Vaccine operations Central Provinces 1900-1911 - 1900-1911
Year: 1900
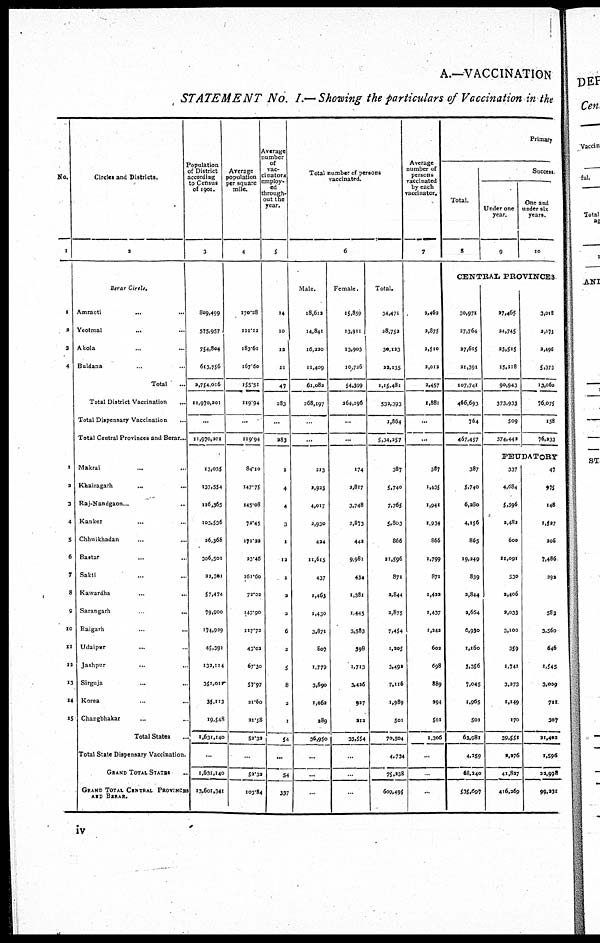
A.—VACCINATION
STATEMENT No. I.— Showing the particulars of Vaccination in the
No.
1
1
2
3
4
1
2
3
4
5
6
7
8
9
10
11
12
13
14
15
Circles and Districts.
2
Berar Circle.
Amraoti
... ...
Yeotmal
... ...
Akola ... ...
Buldana ... ...
Total ...
Total District Vaccination ...
Total Dispensary Vaccination ...
Total Central Provinces and Berar...
Makrai ... ...
Khairagarh ... ...
Raj-Nandgaon...
Kanker
... ...
Chhuikhadan ... ...
Bastar ... ...
Sakti ... ...
Kawardha
...
...
Sarangarh
...
...
Raigarh ... ...
Udaipur ... ...
Jashpur ... ...
Sirguja ... ...
Korea
...
...
Changbhakar ... ...
Total States ...
Total State Dispensary Vaccination.
GRAND TOTAL STATES ...
GRAND TOTAL CENTRAL PROVINCES
AND BERAR.
Population
of District
according
to Census
of 1901.
3
809,499
575,957
754,804
613,756
3,754,016
11,970,201
...
11,970,201
13,035
137,554
126,365
103,536
26,368
306,501
22,301
57,474
79,900
174,929
45,391
132,114
351,011
35,113
19,548
1,631,140
...
1,631,140
13,601,341
Average
population
per square
mile.
4
170.28
111.12
183.61
167.60
155.51
119.94
...
119.94
84.10
147.75
145.08
72.45
171.22
23.46
161.60
72.02
147.90
117.72
43.02
67.30
57.97
21.60
21.58
53.32
...
52.32
103.84
Average
number
of
vac-
cinators
employ-
ed
through¬
out the
year.
5
14
10
12
11
47
283
...
283
1
4
4
3
1
12
1
2
3
6
3
5
8
3
1
54
...
54
337
Total number of persons
vaccinated.
6
Male.
18,612
14,841
16,220
11,409
61,082
268,197
...
...
213
1,923
4,017
2,930
424
11,615
437
1,463
1,430
3,871
507
1,779
3,690
1,062
289
36,950
...
...
...
Female.
15,859
13,911
13,903
10,726
54,399
364,196
...
...
174
2,817
3,748
2,873
442
9,981
434
1,381
1,445
3,583
398
1,713
3,425
927
212
33,554
...
...
...
Total.
34,471
28,753
30,123
22,135
1,15,481
532,393
1,864
5,34,357
387
5,740
7,765
5,803
866
21,596
871
2,844
2,875
7,454
1,205
3,492
7,115
1,989
501
70,504
4,734
75,238
609,495
Average
number of
persons
vaccinated
by each
vaccinator.
7
2,462
2,875
3,510
2,012
1,457
1,881
...
...
387
1,435
1,041
1,934
866
1,799
871
1,422
1,437
1,242
602
698
889
394
501
1,306
...
...
...
Primary
Total.
8
Success
Under one
year.
9
One and
under six
years.
10
CENTRAL PROVINCES
30,971
27,764
37,615
21,391
107,741
466,693
764
467,457
387
5,740
6,280
4,156
865
19,249
839
3,844
2,664
6,930
1,160
3,356
7,045
1,065
501
63,081
4,259
68,240
535,697
27,465
24,745
33,515
15,218
90,943
373,933
509
374,443
3,018
2,173
2,496
5,373
13,060
76,075
158
76,233
FEUDATORY
337
4,684
5,596
3,482
600
11,091
530
2,406
2,033
3,100
359
1,741
3,273
1,149
170
39,551
2,276
41,827
416,269
47
975
148
1,527
206
7,486
292
583
3,560
646
1,545
3,009
711
307
21,402
1,596
22,998
99,231
iv